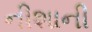
નીશાની